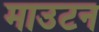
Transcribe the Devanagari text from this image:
माउटन